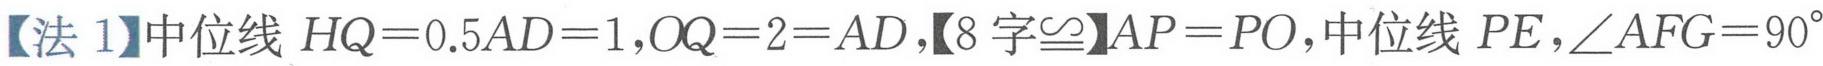
【法1】中位线 \(HQ = 0.5AD = 1\), \(OQ = 2 = AD\),【8字\(\cong\)】\(AP = PO\), 中位线 \(PE\), \(\angle AFG = 90^{\circ}\)